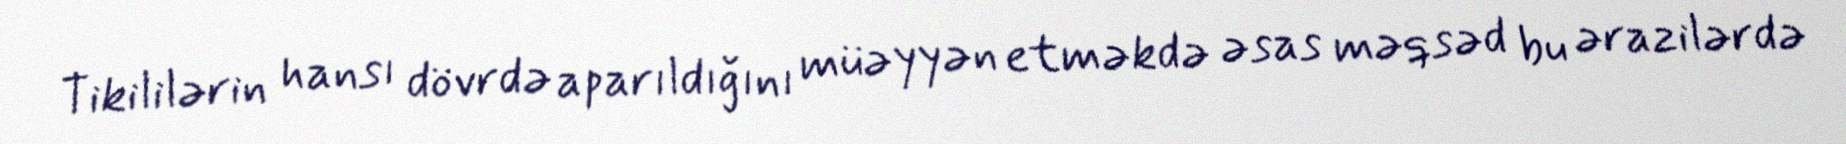
Tikililərin hansı dövrdə aparıldığını müəyyən etməkdə əsas məqsəd bu ərazilərdə